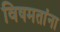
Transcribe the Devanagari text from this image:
विषमतांना